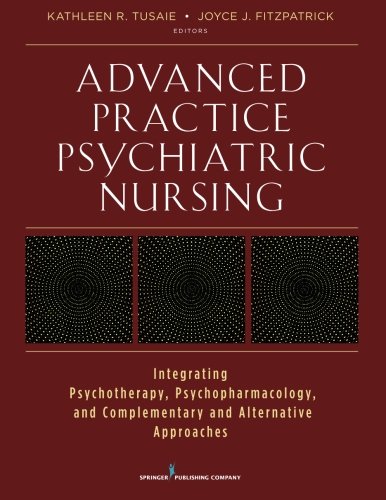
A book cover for Advanced Practice Psychiatric Nursing: Integrating Psychotherapy, Psychopharmacology, and Complementary and Alternative Approaches; Medical Books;